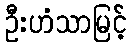
ဦးဟံသာမြင့်